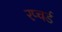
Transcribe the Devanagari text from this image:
रप्चर्ड